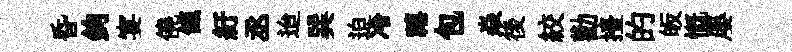
昏鉤宴僥餼紆丞迨巽迫冷禧包焱後絞勸擡的皈慨屡